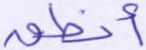
أنطق